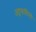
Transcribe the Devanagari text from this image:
अठ्ठसालिनी